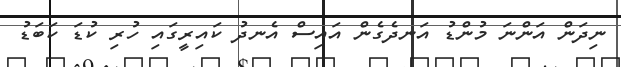
ނިދަން އަންނަ މުންޑު އަނދެގެން އައިސް އެނދު ކައިރީގައި ހުރި ކުޑަ ކަބަޑު